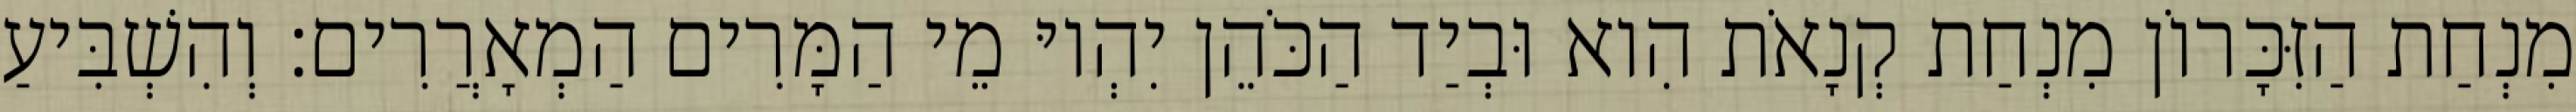
מִנְחַת הַזִּכָּרוֹן מִנְחַת קְנָאֹת הִוא וּבְיַד הַכֹּהֵן יִהְיוּ מֵי הַמָּרִים הַמְאָרֲרִים׃ וְהִשְׁבִּיעַ